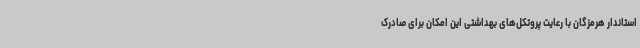
استاندار هرمزگان با رعایت پروتکل‌های بهداشتی این امکان برای صادرک